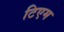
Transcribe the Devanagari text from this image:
टिएम